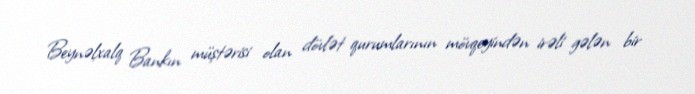
Beynəlxalq Bankın müştərisi olan dövlət qurumlarının mövqeyindən irəli gələn bir